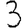
Digit: 3